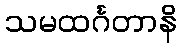
သမထင်္ဂတာနိ